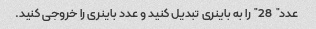
عدد "28" را به باینری تبدیل کنید و عدد باینری را خروجی کنید.